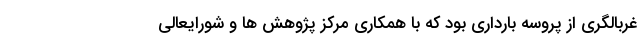
غربالگری از پروسه بارداری بود که با همکاری مرکز پژوهش ها و شورایعالی